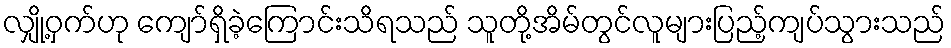
လျှို့ဝှက်ဟု ကျော်ရှိခဲ့ကြောင်းသိရသည် သူတို့အိမ်တွင်လူများပြည့်ကျပ်သွားသည်